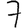
Digit: 7